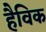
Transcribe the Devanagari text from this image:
हैविक